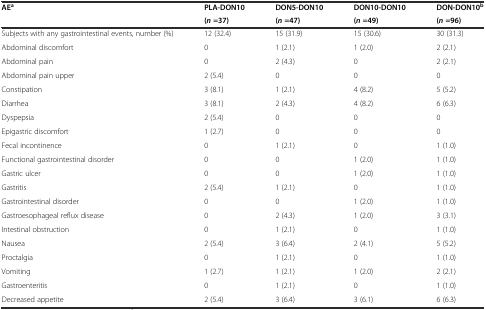
| <ROWSPAN=2> AEa | PLA-DON10 | DON5-DON10 | DON10-DON10 | DON-DON10b |
 | (n=37) | (n=47) | (n=49) | (n=96) |
 | --- | --- | --- | --- | --- |
 | Subjects with any gastrointestinal events, number (%) | 12 (32.4) | 15 (31.9) | 15 (30.6) | 30 (31.3) |
 | Abdominal discomfort | 0 | 1 (2.1) | 1 (2.0) | 2 (2.1) |
 | Abdominal pain | 0 | 2 (4.3) | 0 | 2 (2.1) |
 | Abdominal pain upper | 2 (5.4) | 0 | 0 | 0 |
 | Constipation | 3 (8.1) | 1 (2.1) | 4 (8.2) | 5 (5.2) |
 | Diarrhea | 3 (8.1) | 2 (4.3) | 4 (8.2) | 6 (6.3) |
 | Dyspepsia | 2 (5.4) | 0 | 0 | 0 |
 | Epigastric discomfort | 1 (2.7) | 0 | 0 | 0 |
 | Fecal incontinence | 0 | 1 (2.1) | 0 | 1 (1.0) |
 | Functional gastrointestinal disorder | 0 | 0 | 1 (2.0) | 1 (1.0) |
 | Gastric ulcer | 0 | 0 | 1 (2.0) | 1 (1.0) |
 | Gastritis | 2 (5.4) | 1 (2.1) | 0 | 1 (1.0) |
 | Gastrointestinal disorder | 0 | 0 | 1 (2.0) | 1 (1.0) |
 | Gastroesophageal reflux disease | 0 | 2 (4.3) | 1 (2.0) | 3 (3.1) |
 | Intestinal obstruction | 0 | 1 (2.1) | 0 | 1 (1.0) |
 | Nausea | 2 (5.4) | 3 (6.4) | 2 (4.1) | 5 (5.2) |
 | Proctalgia | 0 | 1 (2.1) | 0 | 1 (1.0) |
 | Vomiting | 1 (2.7) | 1 (2.1) | 1 (2.0) | 2 (2.1) |
 | Gastroenteritis | 0 | 1 (2.1) | 0 | 1 (1.0) |
 | Decreased appetite | 2 (5.4) | 3 (6.4) | 3 (6.1) | 6 (6.3) |